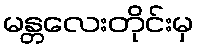
မန္တလေးတိုင်းမှ